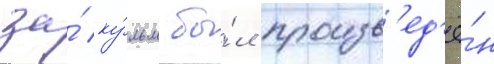
за́ ку́льм бы́л произв'ед'ё́н